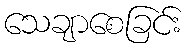
သေချာစေခြင်း